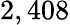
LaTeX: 2,408